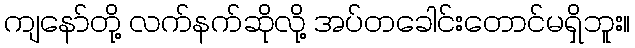
ကျနော်တို့ လက်နက်ဆိုလို့ အပ်တခေါင်းတောင်မရှိဘူး။